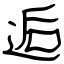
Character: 逅